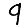
Digit: 9